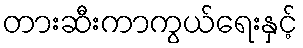
တားဆီးကာကွယ်ရေးနှင့်